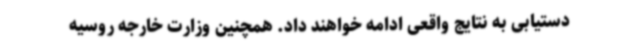
دستیابی به نتایج واقعی ادامه خواهند داد. همچنین وزارت خارجه روسیه